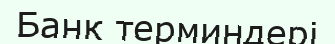
Банк терминдері